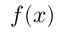
f ( x )